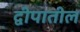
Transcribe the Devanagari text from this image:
द्वीपातील